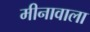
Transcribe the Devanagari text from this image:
मीनावाला